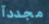
مجددآ